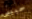
حبيبى